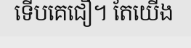
ទើបគេជឿ។ តែយើង